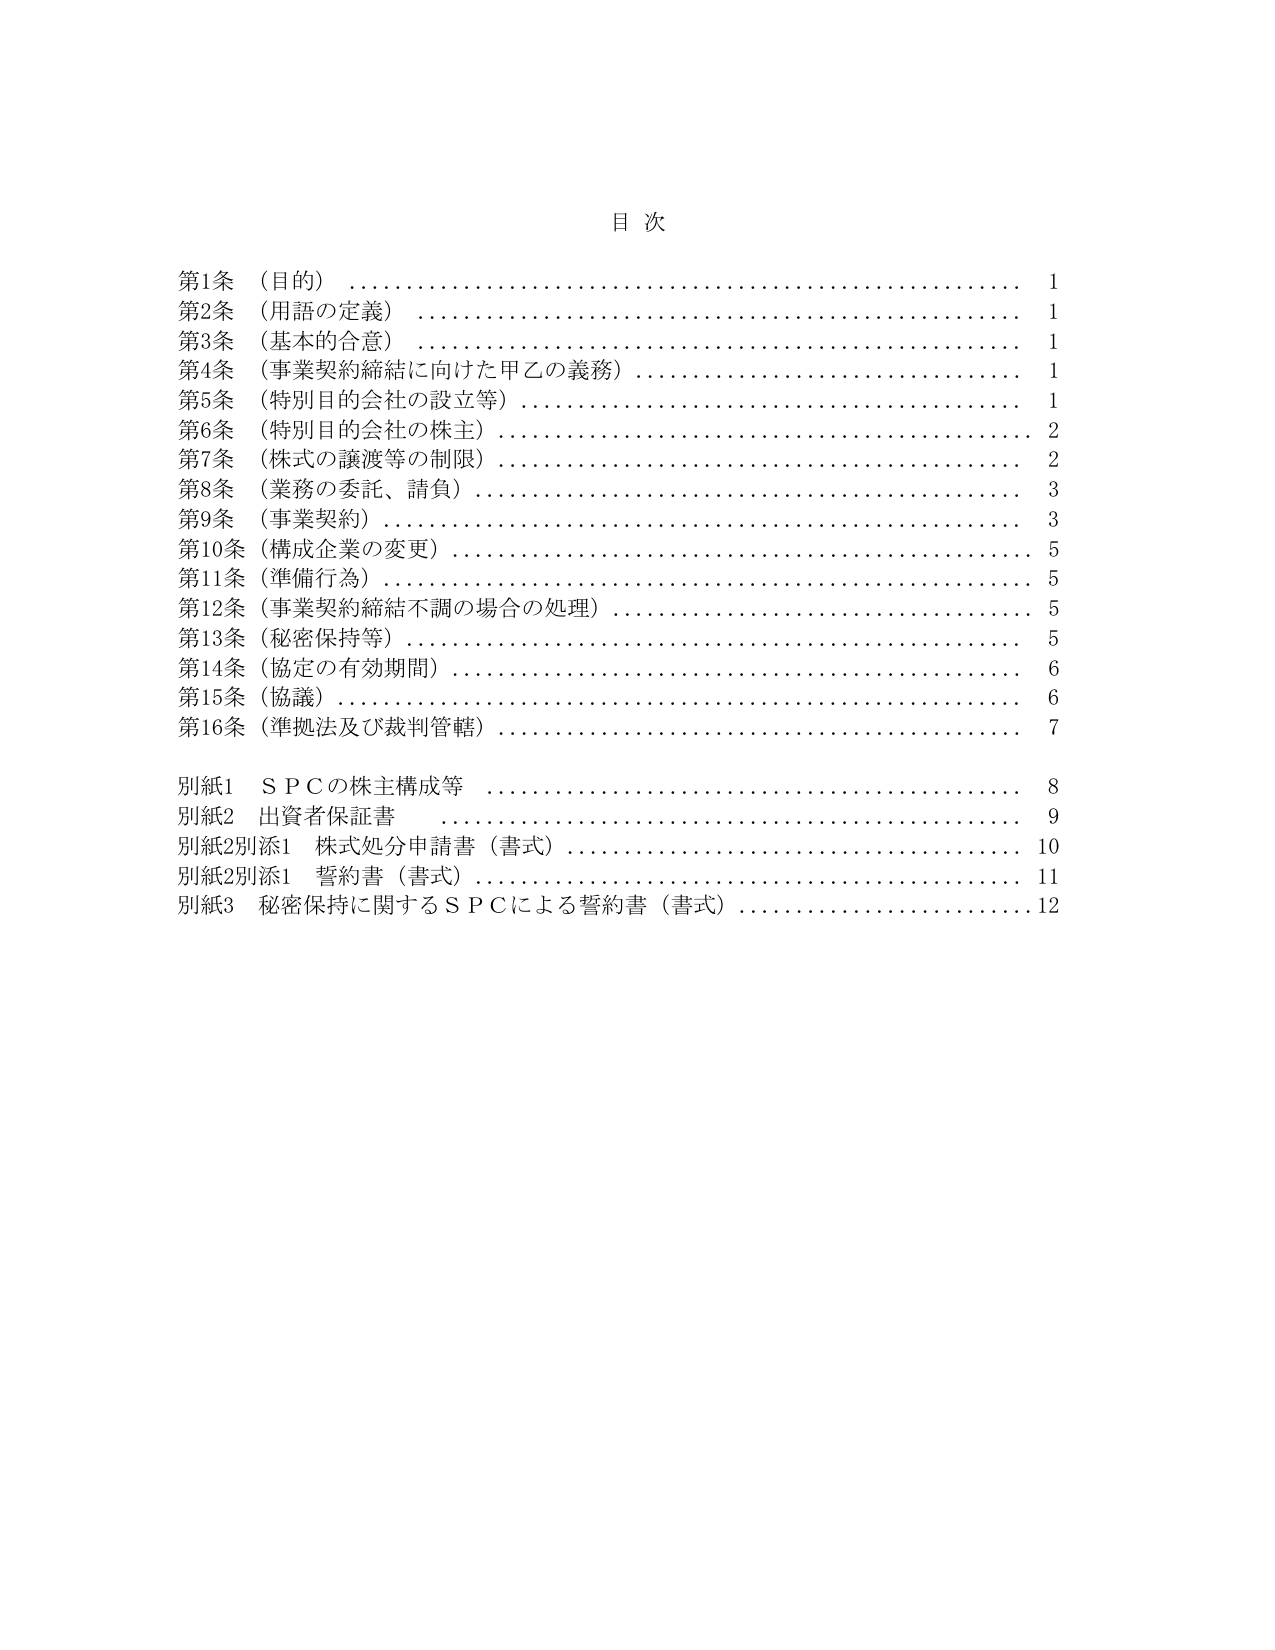
目 次

第1条 （目的） …………………………………………………… 1
第2条 （用語の定義） …………………………………………… 1
第3条 （基本的合意） …………………………………………… 1
第4条 （事業契約締結に向けた甲乙の義務） …………………… 1
第5条 （特別目的会社の設立等） ……………………………… 1
第6条 （特別目的会社の株主） ………………………………… 2
第7条 （株式の譲渡等の制限） ………………………………… 2
第8条 （業務の委託、請負） …………………………………… 3
第9条 （事業契約） ……………………………………………… 3
第10条 （構成企業の変更） ……………………………………… 5
第11条 （準備行為） ……………………………………………… 5
第12条 （事業契約締結不調の場合の処理） …………………… 5
第13条 （秘密保持等） …………………………………………… 5
第14条 （協定の有効期間） ……………………………………… 6
第15条 （協議） …………………………………………………… 6
第16条 （準拠法及び裁判管轄） ………………………………… 7

別紙1 ＳＰＣの株主構成等 ……………………………………… 8
別紙2 出資者保証書 ……………………………………………… 9
別紙2別添1 株式処分申請書（書式） …………………………… 10
別紙2別添1 誓約書（書式） ……………………………………… 11
別紙3 秘密保持に関するＳＰＣによる誓約書（書式） ………… 12